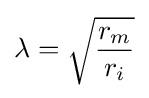
\lambda ={\sqrt {\frac {r_{m}}{r_{i}}}}